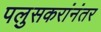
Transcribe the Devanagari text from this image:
पलुसकरांनंतर